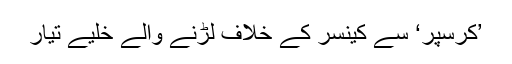
’کرسپر‘ سے کینسر کے خلاف لڑنے والے خلیے تیار